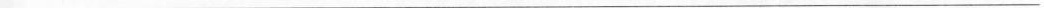
___